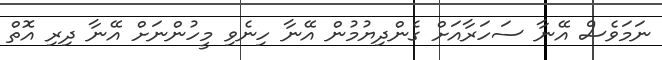
ނަމަވެސް އޭނާ ސަހަރާއަށް ގެންދިޔުމުން އޭނާ ހިނެވި މީހުންނަށް އޭނާ ދިރި އޮތް